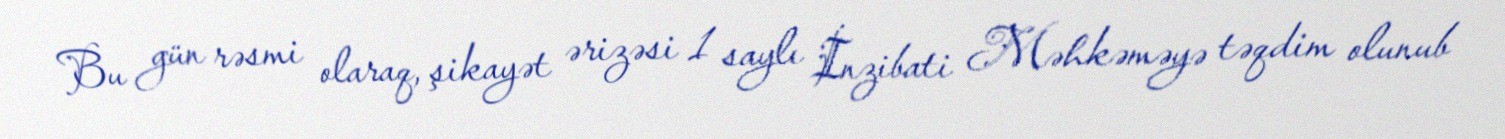
Bu gün rəsmi olaraq, şikayət ərizəsi 1 saylı İnzibati Məhkəməyə təqdim olunub